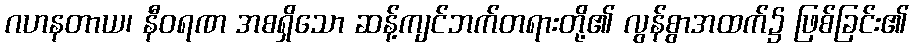
ဂဟနတာယ၊ နီဝရဏ အစရှိသော ဆန့်ကျင်ဘက်တရားတို့၏ လွန်စွာအထက်၌ ဖြစ်ခြင်း၏